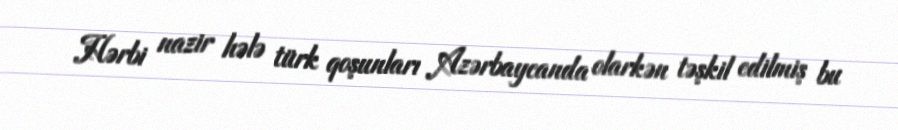
Hərbi nazir hələ türk qoşunları Azərbaycanda olarkən təşkil edilmiş bu